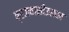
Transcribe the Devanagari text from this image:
ब्रजवासीउसका